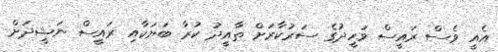
އެއީ ވެސް ރައީސް ވަހީދުގެ ސަރުކާރަށް ތާއީދު ކުރާ ބަޔަކާއި ރައީސް ނަޝީދަށް